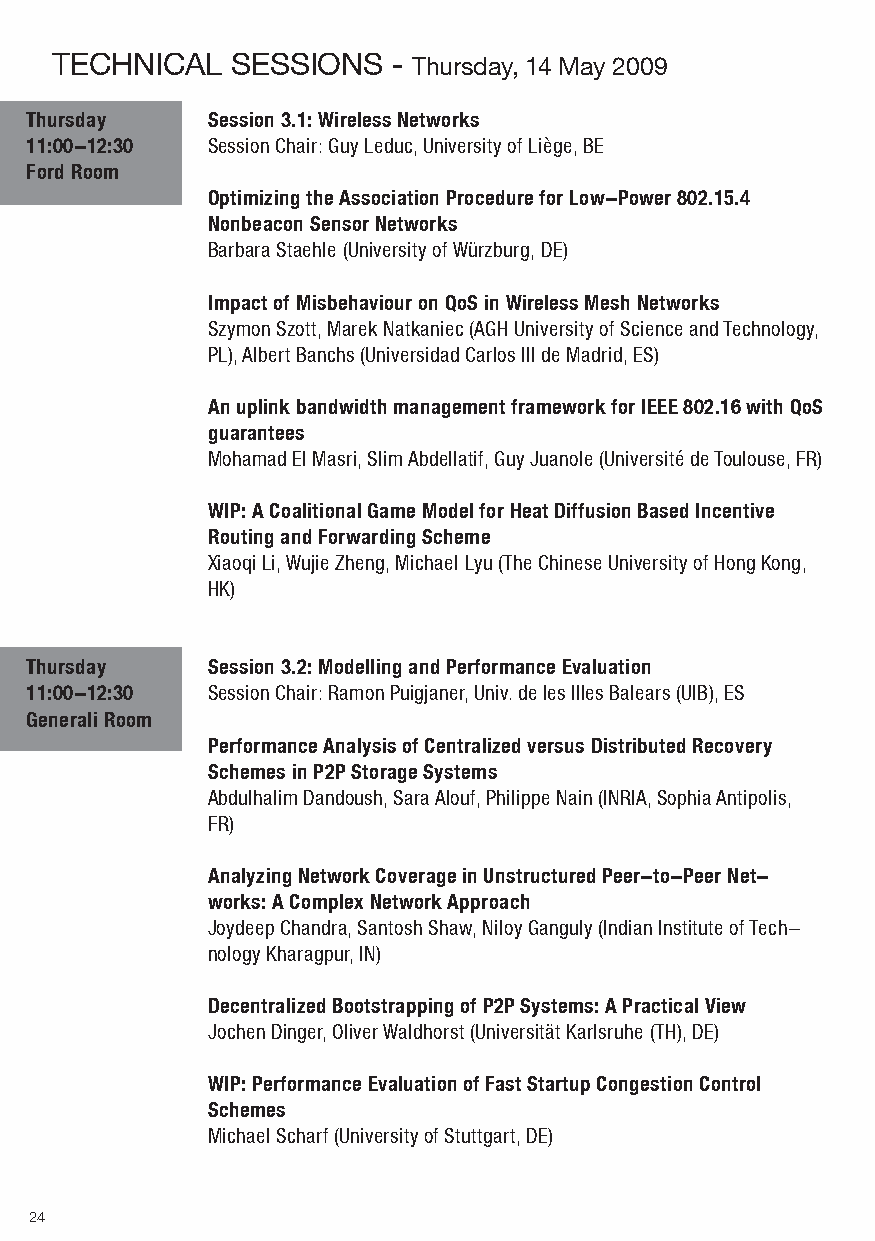
teCHNICAl   SeSSIoNS   - thursday, 14 May 2009
 Thursday    Session 3.1: Wireless Networks
 11:00-12:30 Session Chair: Guy Leduc, University of Liège, BE
 Ford Room
 Optimizing the Association Procedure for Low-Power 802.15.4
 Nonbeacon Sensor Networks
 Barbara Staehle (University of Würzburg, DE)
 Impact of Misbehaviour on QoS in Wireless Mesh Networks
 Szymon Szott, Marek Natkaniec (AGH University of Science and Technology,
 PL), Albert Banchs (Universidad Carlos III de Madrid, ES)
 An uplink bandwidth management framework for IEEE 802.16 with QoS
 guarantees
 Mohamad El Masri, Slim Abdellatif, Guy Juanole (Université de Toulouse, FR)
 WIP: A Coalitional Game Model for Heat Diffusion Based Incentive
 Routing and Forwarding Scheme
 Xiaoqi Li, Wujie Zheng, Michael Lyu (The Chinese University of Hong Kong,
 HK)
 Thursday    Session 3.2: Modelling and Performance Evaluation
 11:00-12:30 Session Chair: Ramon Puigjaner, Univ. de les Illes Balears (UIB), ES
 Generali Room
 Performance Analysis of Centralized versus Distributed Recovery
 Schemes in P2P Storage Systems
 Abdulhalim Dandoush, Sara Alouf, Philippe Nain (INRIA, Sophia Antipolis,
 FR)
 Analyzing Network Coverage in Unstructured Peer-to-Peer Net-
 works: A Complex Network Approach
 Joydeep Chandra, Santosh Shaw, Niloy Ganguly (Indian Institute of Tech-
 nology Kharagpur, IN)
 Decentralized Bootstrapping of P2P Systems: A Practical View
 Jochen Dinger, Oliver Waldhorst (Universität Karlsruhe (TH), DE)
 WIP: Performance Evaluation of Fast Startup Congestion Control
 Schemes
 Michael Scharf (University of Stuttgart, DE)
 2